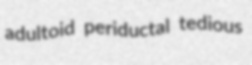
adultoid periductal tedious